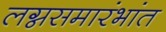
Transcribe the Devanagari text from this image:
लग्नसमारंभांत